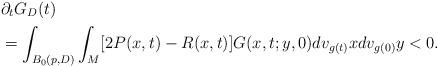
LaTeX: \begin{align*} &\partial_t G_D(t)\\ &=\int_{B_0(p,D)}\int_M [2P(x,t)-R(x,t)] G(x,t;y,0) dv_{g(t)}x dv_{g(0)}y <0. \end{align*}